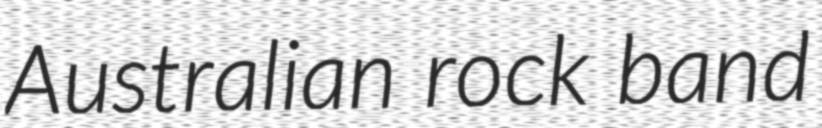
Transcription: Australian rock band